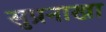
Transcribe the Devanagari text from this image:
सुप्रनाखा